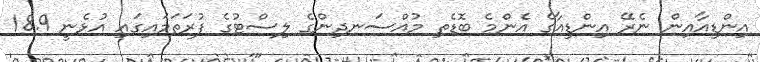
އިންޑިއާއިން ނެރޭ އިންޑިއާގެ އެންމެ ބޮޑެތި މުއްސަނދިންގެ ލިސްޓުގެ ފުރަތަމައިގައި އުޅެނީ 18.9